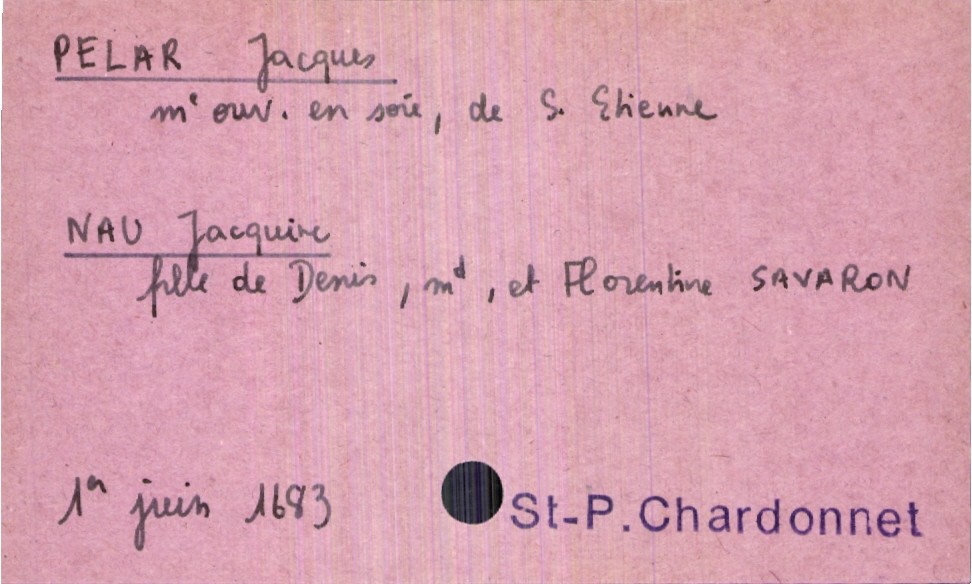
type_acte: Mariage
année: 1683
mois: juin
jour: 1er
paroisse: Saint-Pierre-du-Chardonnet
marié_nom: Pelar
marié_prénom: Jacques
marié_profession: maitre ouvrier en soie
marié_lieu_de_naissance: Saint Etienne
mariée_nom: Nau
mariée_prénom: Jacquine
père_mariée_nom: Nau
père_mariée_prénom: Denis
père_mariée_profession: marchand
mère_mariée_nom: Savaron
mère_mariée_prénom: Florentine